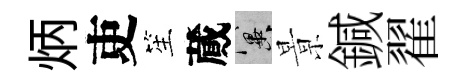
炳吏笙蕆冀㬌鍼翟